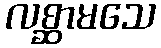
လစ္ဆာမသေ